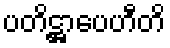
ပတိဋ္ဌာပေဟီတိ